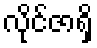
လိုင်ဇာရှိ